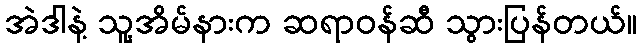
အဲဒါနဲ့ သူ့အိမ်နားက ဆရာဝန်ဆီ သွားပြန်တယ်။